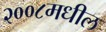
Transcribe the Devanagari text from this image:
२००८मधील